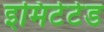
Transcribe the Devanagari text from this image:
इमिटेटेड